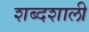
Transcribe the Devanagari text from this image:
शब्दशाली